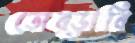
তোব্‌ড়াবি